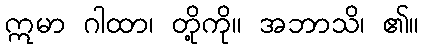
ဣမာ ဂါထာ၊ တို့ကို။ အဘာသိ၊ ၏။